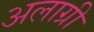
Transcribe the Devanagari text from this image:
अलाग्री